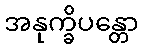
အနုက္ခိပန္တော